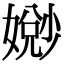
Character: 𫱧